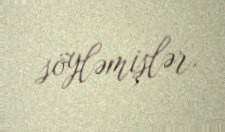
söyləmişlər.